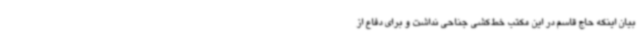
بیان اینکه حاج قاسم در این مکتب خط‌کشی جناحی نداشت و برای دفاع از